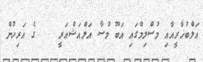
އަލްބުޚާރީއާއި މުސްލިމްގައި އަބޫ މުސާ އަލްއަޝްޢަރީ    ގެ އަރިހުން